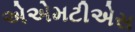
એએમટીએસ